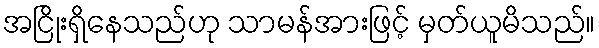
အငြိုးရှိနေသည်ဟု သာမန်အားဖြင့် မှတ်ယူမိသည်။